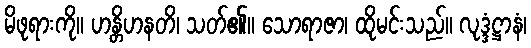
မိဖုရားကို။ ဟန္တိဟနတိ၊ သတ်၏။ သောရာဇာ၊ ထိုမင်းသည်။ လုဒ္ဒံဋ္ဌာနံ၊